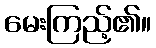
မေးကြည့်၏။